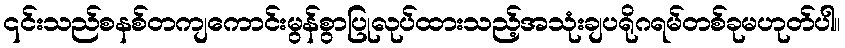
၎င်းသည်စနစ်တကျကောင်းမွန်စွာပြုလုပ်ထားသည့်အသုံးချပရိုဂရမ်တစ်ခုမဟုတ်ပါ။